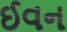
ઈવન